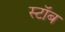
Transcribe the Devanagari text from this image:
स्टॉब